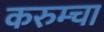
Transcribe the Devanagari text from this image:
करुम्चा